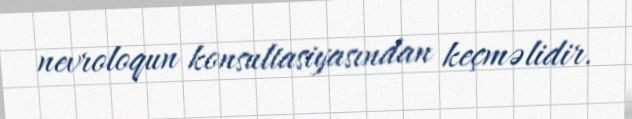
nevroloqun konsultasiyasından keçməlidir.